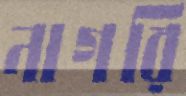
নাগরি